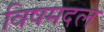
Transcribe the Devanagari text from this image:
विषमदल